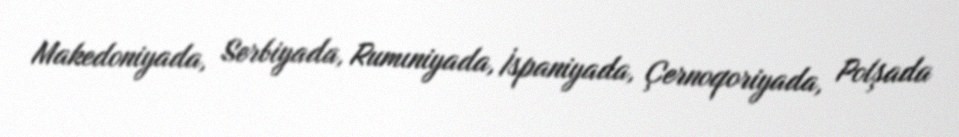
Makedoniyada, Serbiyada, Rumıniyada, İspaniyada, Çernoqoriyada, Polşada